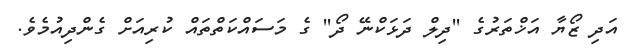
އަދި ޒޯޔާ އަޚްތަރުގެ ''ދިލް ދަޅަކްނޭ ދޯ'' ގެ މަސައްކަތްތައް ކުރިއަށް ގެންދިއުމެވެ.